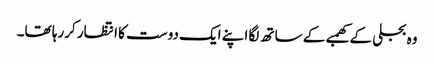
وہ بجلی کے کھمبے کے ساتھ لگا اپنے ایک دوست کا انتظار کررہا تھا۔